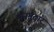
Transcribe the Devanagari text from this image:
मजमुदार